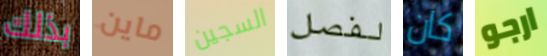
بذلك ماين السجين لفصل كان ارجو